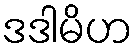
ဒဒါမိဟ